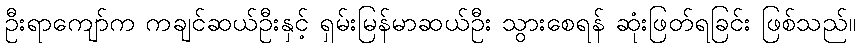
ဦးရာကျော်က ကချင်ဆယ်ဦးနှင့် ရှမ်းမြန်မာဆယ်ဦး သွားစေရန် ဆုံးဖြတ်ရခြင်း ဖြစ်သည်။